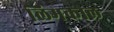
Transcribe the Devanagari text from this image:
लिमकोल